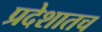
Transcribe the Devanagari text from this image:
प्रदेशातच